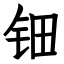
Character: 钿